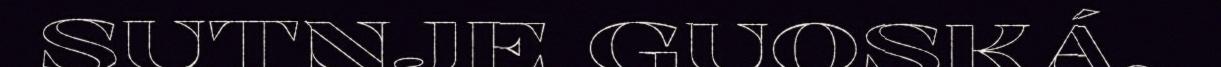
SUTNJE GUOSKÁ.